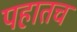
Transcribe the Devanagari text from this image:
पहातच